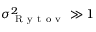
\sigma _ { \mathrm { ~ R ~ y ~ t ~ o ~ v ~ } } ^ { 2 } \gg 1